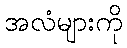
အလံများကို